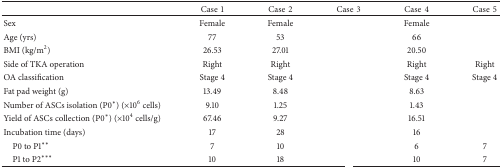
<table><thead><tr><td>[EMPTY_CELL]</td><td><b>Case1</b></td><td><b>Case2</b></td><td><b>Case3</b></td><td><b>Case4</b></td><td><b>Case5</b></td></tr></thead><tbody><tr><td>Sex</td><td>Female</td><td>Female</td><td>[EMPTY_CELL]</td><td>Female</td><td>[EMPTY_CELL]</td></tr><tr><td>Age (yrs)</td><td>77</td><td>53</td><td>[EMPTY_CELL]</td><td>66</td><td>[EMPTY_CELL]</td></tr><tr><td>BMI (kg/m<sup>2</sup>)</td><td>26.53</td><td>27.01</td><td>[EMPTY_CELL]</td><td>20.50</td><td>[EMPTY_CELL]</td></tr><tr><td>Side of TKA operation</td><td>Right</td><td>Right</td><td>[EMPTY_CELL]</td><td>Right</td><td>Right</td></tr><tr><td>OA classification</td><td>Stage 4</td><td>Stage 4</td><td>[EMPTY_CELL]</td><td>Stage 4</td><td>Stage 4</td></tr><tr><td>Fat pad weight (g)</td><td>13.49</td><td>8.48</td><td>[EMPTY_CELL]</td><td>8.63</td><td>[EMPTY_CELL]</td></tr><tr><td>Number of ASCs isolation (P0<sup><i>∗</i></sup>) (×10<sup>6</sup> cells)</td><td>9.10</td><td>1.25</td><td>[EMPTY_CELL]</td><td>1.43</td><td>[EMPTY_CELL]</td></tr><tr><td>Yield of ASCs collection (P0<sup><i>∗</i></sup>) (×10<sup>4</sup> cells/g)</td><td>67.46</td><td>9.27</td><td>[EMPTY_CELL]</td><td>16.51</td><td>[EMPTY_CELL]</td></tr><tr><td>Incubation time (days)</td><td>17</td><td>28</td><td>[EMPTY_CELL]</td><td>16</td><td>[EMPTY_CELL]</td></tr><tr><td> P0 to P1<sup><i>∗∗</i></sup></td><td>7</td><td>10</td><td>[EMPTY_CELL]</td><td>6</td><td>7</td></tr><tr><td> P1 to P2<sup><i>∗∗∗</i></sup></td><td>10</td><td>18</td><td>[EMPTY_CELL]</td><td>10</td><td>7</td></tr></tbody></table>